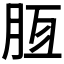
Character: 𣍭